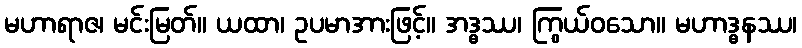
မဟာရာဇ၊ မင်းမြတ်။ ယထာ၊ ဥပမာအားဖြင့်။ အဒ္ဓဿ၊ ကြွယ်ဝသော။ မဟာဒ္ဓနဿ၊